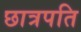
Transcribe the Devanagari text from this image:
छात्रपति